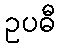
ဥပဓီ